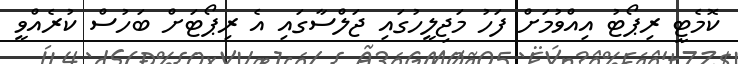
ކޮމެޓީ ރިޕޯޓު އިއްވުމަށް ފަހު މަޖިލީހުގައި ޖަލްސާގައި އެ ރިޕޯޓަށް ބަހުސް ކުރެއްވީ